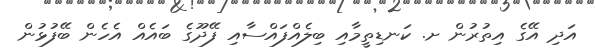
އަދި އޭގެ އިތުރުން ށ. ކަނޑިތީމާއި ބިލެއްފައްސާއި ފޭދޫގެ ބައެއް އެހެން ބޭފުޅުން